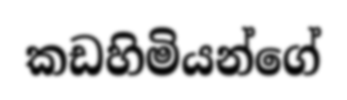
කඩහිමියන්ගේ